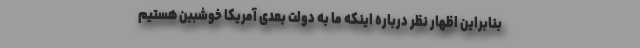
بنابراین اظهار نظر درباره اینکه ما به دولت بعدی آمریکا خوشبین هستیم